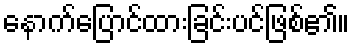
နောက်ပြောင်ထားခြင်းပင်ဖြစ်၏။